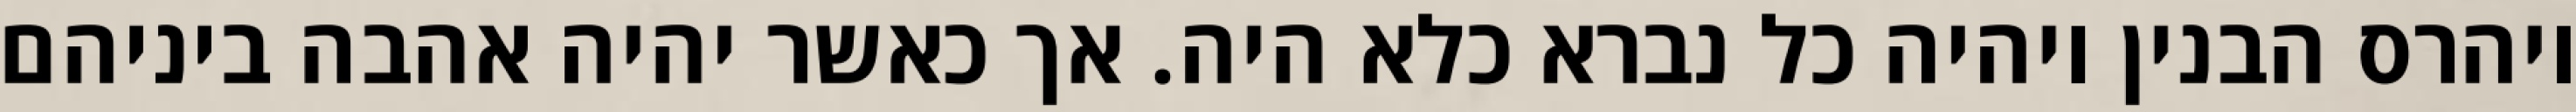
ויהרס הבנין ויהיה כל נברא כלא היה. אך כאשר יהיה אהבה ביניהם